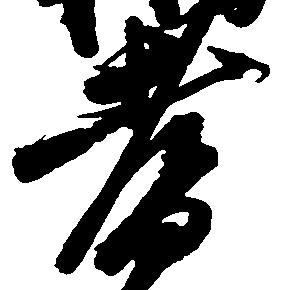
耆